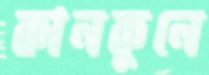
কানকুনে